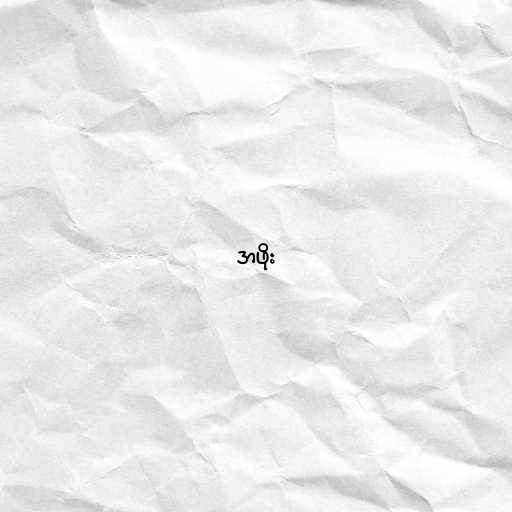
အဖိုး